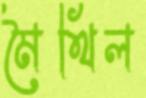
মৈথিল